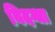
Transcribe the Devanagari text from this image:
विदग्धा